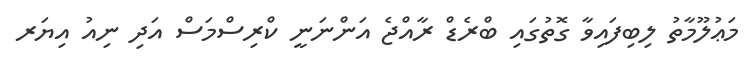
މަޢުލޫމާތު ލިބިފައިވާ ގޮތުގައި ބްރެޑް ރާއްޖެ އަންނަނީ ކްރިސްމަސް އަދި ނިއު އިޔަރ